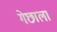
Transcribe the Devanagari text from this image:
गेछाला